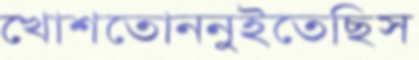
খোশতোননুইতেছিস